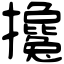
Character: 攙